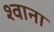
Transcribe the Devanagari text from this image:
श्वाना